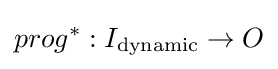
prog^{*}:I_{\text{dynamic}}\to O